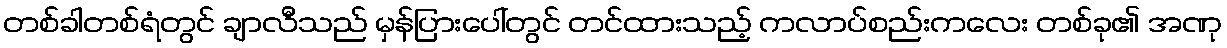
တစ်ခါတစ်ရံတွင် ချာလီသည် မှန်ပြားပေါ်တွင် တင်ထားသည့် ကလာပ်စည်းကလေး တစ်ခု၏ အဏု